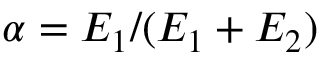
\alpha = E _ { 1 } / ( E _ { 1 } + E _ { 2 } )